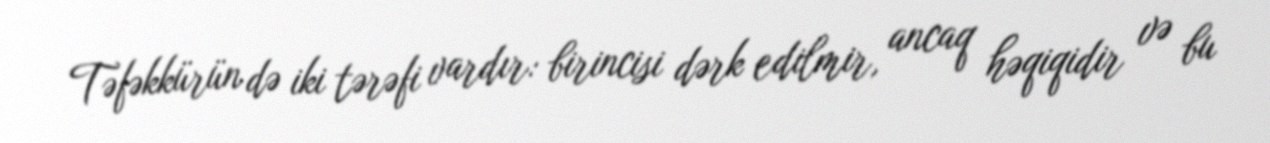
Təfəkkürün də iki tərəfi vardır: birincisi dərk edilmir, ancaq həqiqidir və bu